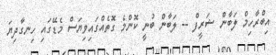
އިބްރާހިމް ލަބާން ޝަރީފް -- ލަބާން ބުނީ ކޮންމެ ގޮތެއްގައިވިޔަސް މެޑޭގައި ހިނގާދިޔަ